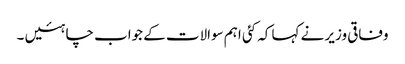
وفاقی وزیر نے کہا کہ کئی اہم سوالات کے جواب چاہئیں ۔